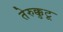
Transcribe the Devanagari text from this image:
तेरुक्कुटू